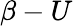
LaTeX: \beta-U